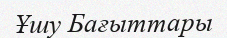
Ұшу Бағыттары